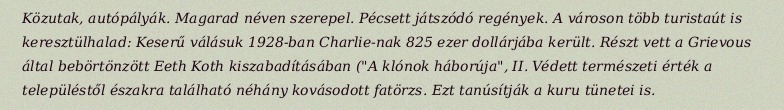
Közutak, autópályák. Magarad néven szerepel. Pécsett játszódó regények. A városon több turistaút is keresztülhalad: Keserű válásuk 1928-ban Charlie-nak 825 ezer dollárjába került. Részt vett a Grievous által bebörtönzött Eeth Koth kiszabadításában ("A klónok háborúja", II. Védett természeti érték a településtől északra található néhány kovásodott fatörzs. Ezt tanúsítják a kuru tünetei is.